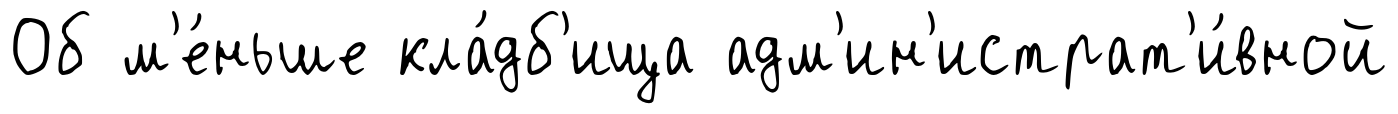
Об м'е́ньше кла́дб'ища адм'ин'истрат'и́вной